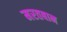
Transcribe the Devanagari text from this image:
मरतबान